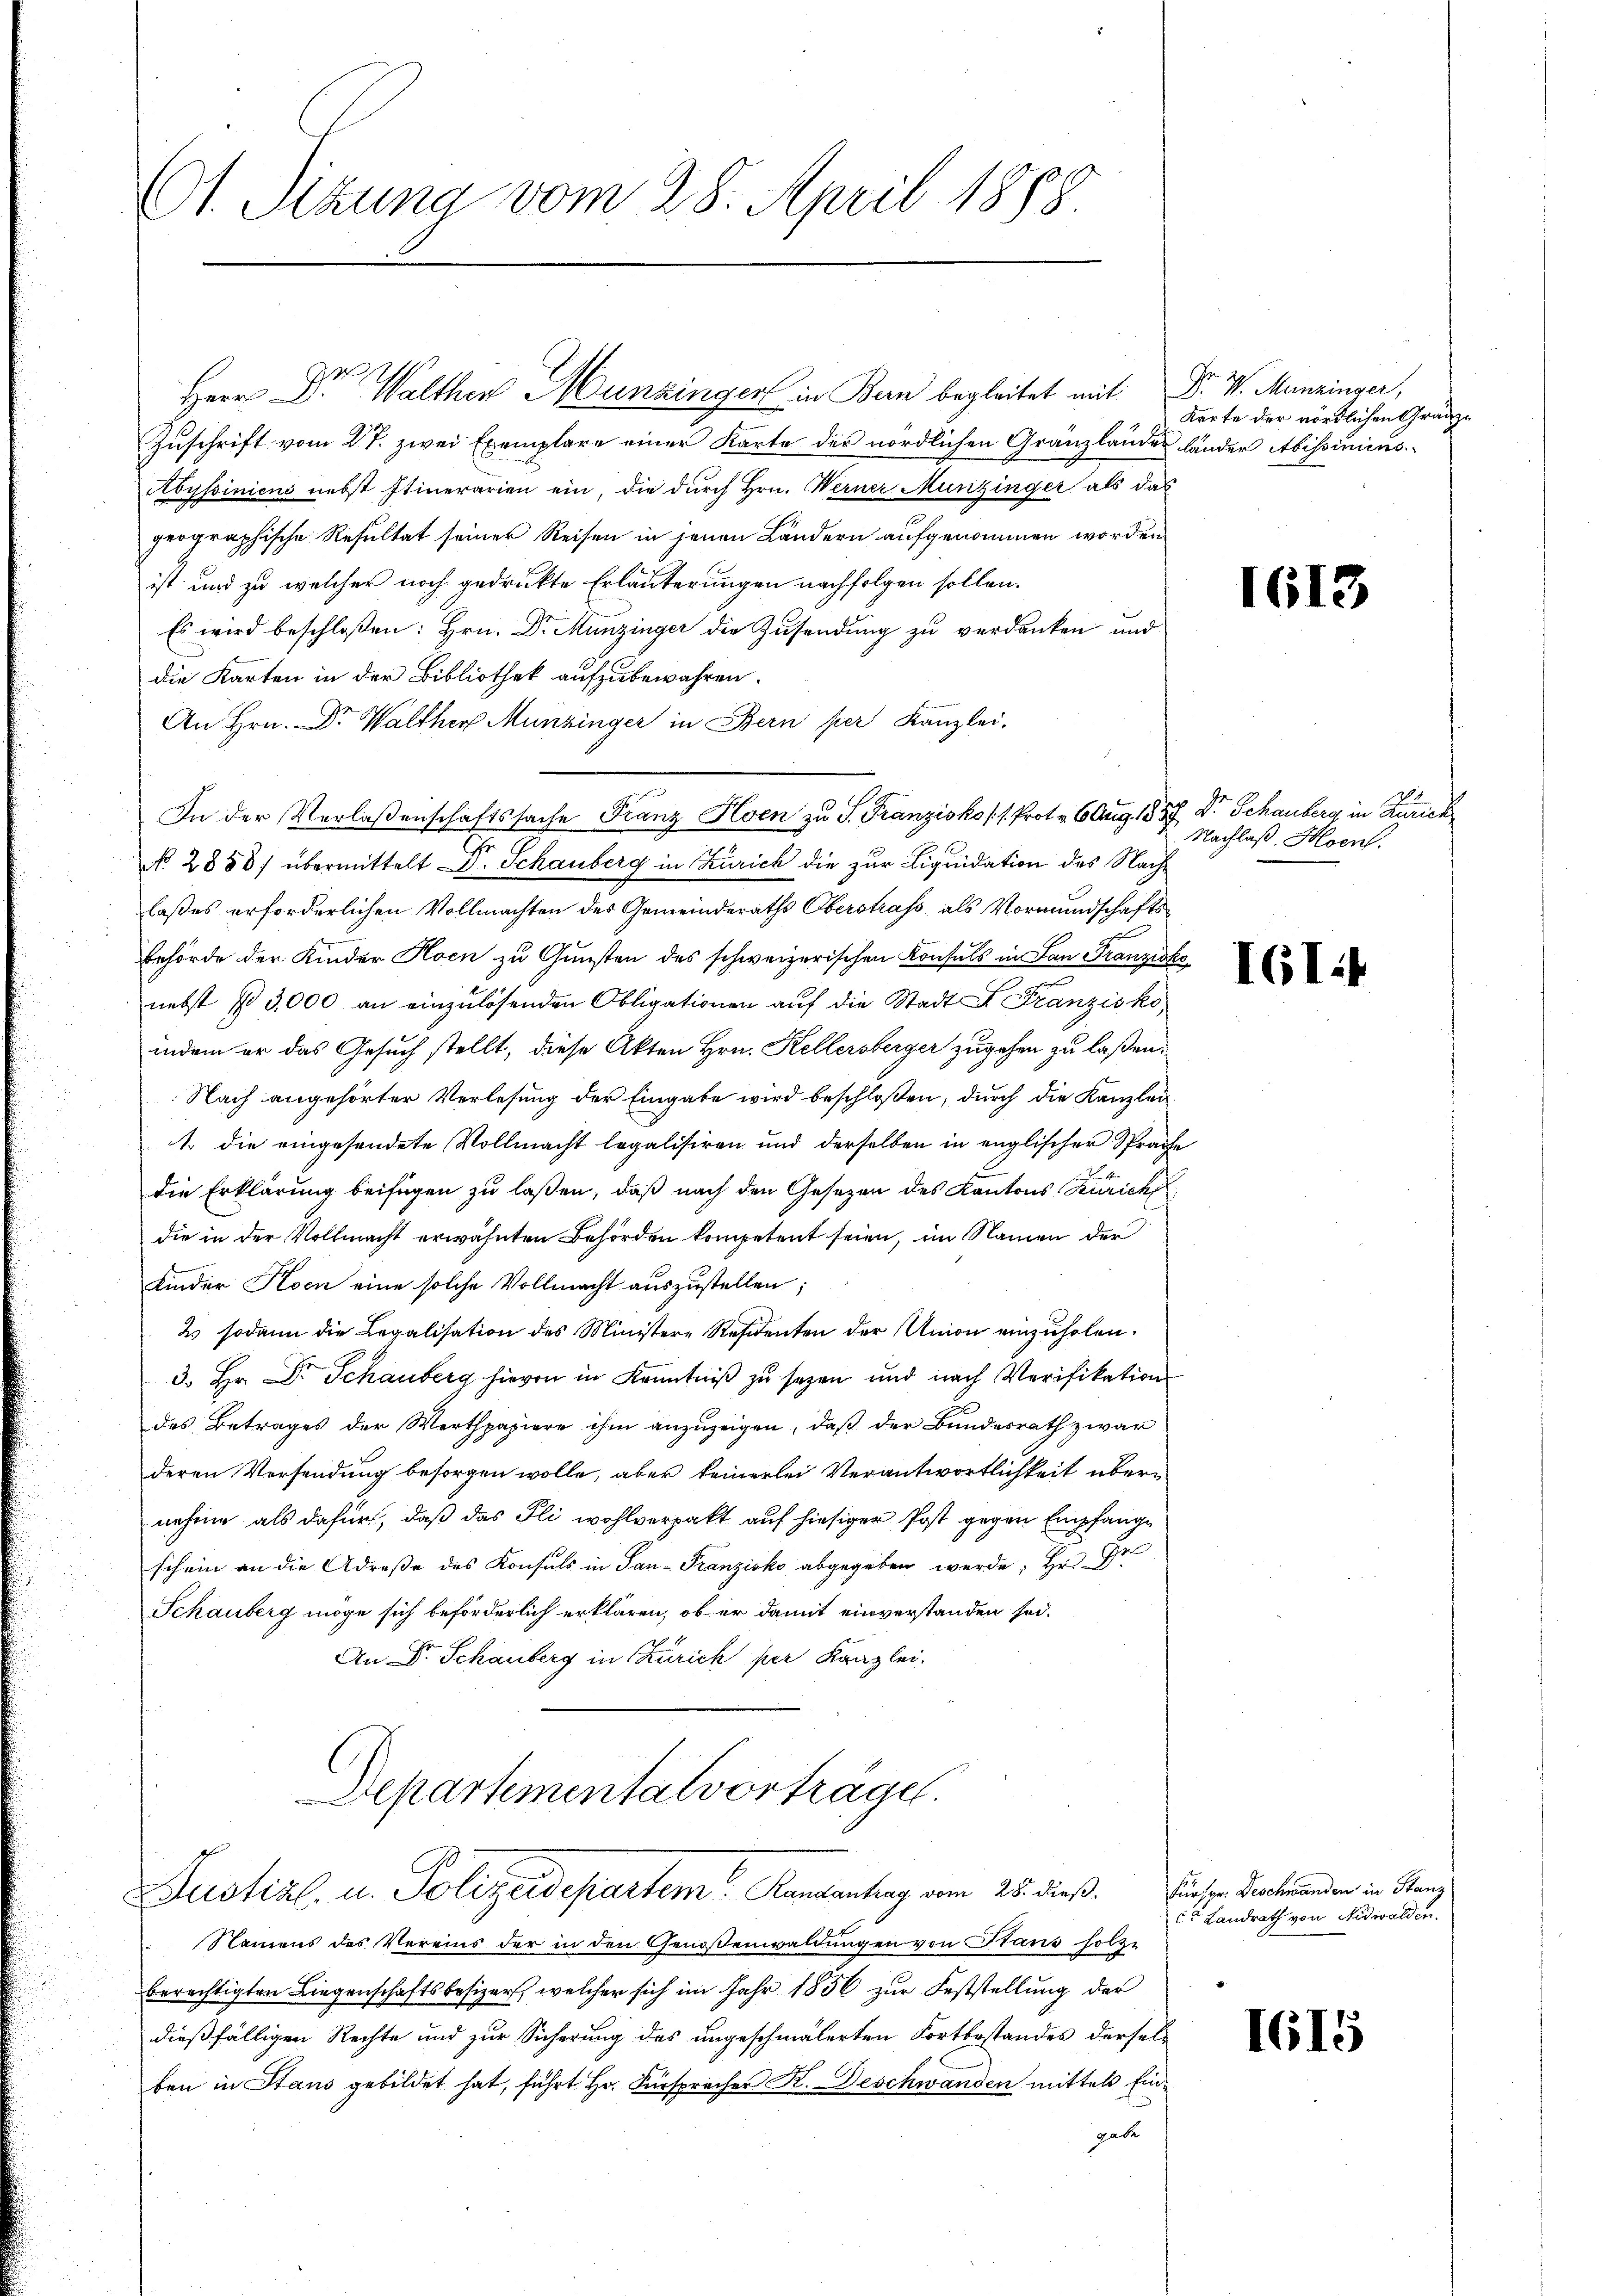
Ct. Sizung vom 28. April 1888

Herr Dr Walther Munzingen in Ban begleitet mit
Zuschrift vom 27. zwei Exemplare einer Karte der nördlichen Gränzlandes länder Abissiniens
Abyssiniens nebst Itinerarien ein, die durch Hrn. Werner Munzinger als das
prographische Resultat seiner Reisen in jenen Ländern aufgenommen worden
ist und zu welcher noch gedruckte Erläuterungen nachfolgen sollen.
Es wird beschloßen: Hrn. Dr. Munzinger die Zusendung zu verdanken und
die Karten in der Bibliothek aufzubewahren.
An Hrn. Dr. Walther Munzinger in Bern per Kanzlei.
In der Verlaßenschaftssache Franz Hoen zu S. Franzisko /1. Prot. v. 6 Aug. 1857 Dr. Schauberg in Zürich
No. 2858) übermittelt . Schauberg in Zürich die zur Liquidation des Nachlaßes erforderlichen Vollmachten des Gemeinderaths Oberstrass, als Vormundschaftsbehörde der Kinder Hoen zu Gunsten des schweizerischen Konsuls in Lan Franzisk
nebst No 3,000 an einzulösenden Obligationen auf die Stadt F. Franzisko,
indem er das Gesuch stellt, diese Akten Hrn. Kellersberger zugehen zu laßen.
Nach angehörter Verlesung der Eingabe wird beschloßen, durch die Kanzlei
1. die eingesendete Vollmacht legalisiren und derselben in englischer Sprache
die Erklärung beifügen zu laßen, daß nach den Gesetzen des Kantons Zürich
die in der Vollmacht erwähnten Behörden kompetent seien, im Namen der
Kinder Korn eine solche Vollmacht auszustellen;
2 sodann die Legalisation des Ministere Residenten der Union einzuholen.
3. Hr. Dr Schauberg hievon in Kenntniß zu sezen und nach Verifikation
des Betrages der Werthpapiere ihm anzuzeigen, daß der Bundesrath zwar
deren Versendung besorgen wolle, aber keinerlei Verantwortlichkeit übernehme als dafür, daß das Fli wohlverpakt auf hiesiger Post gegen Empfange
schein an die Adreße des Konsuls in San-Franzisko abgegeben werde; Hr. Gr
Schauberg möge sich beförderlich erklären, ob er damit einverstanden sei.
An Dr. Schauberg in Zürich per Kanzlei.
Aepartemental vorträge.
Justizl. u. Polizeidepartem Randantrag vom 25. dieß. Einsen Vertrenden in Stanz
Namens des Vereins der in den Genoßenwaldungen von Staus holze
berechtigten Liegenschaftsbesizer, welcher sich im Jahr 1856 zur Feststellung der
dießfälligen Rechte und zur Sicherung des ungeschmälerten Fortbestandes derselben in Stand gebildet hat, führt Hr. Fürspracher K. Deschwanden mittels Eingade

Dr. W. Menzinger,
Karte der nördlichen Granz¬

E

e

1613

Nachlaß. Hoen.

I61:

lt Landrath von Nidwalden.

I615